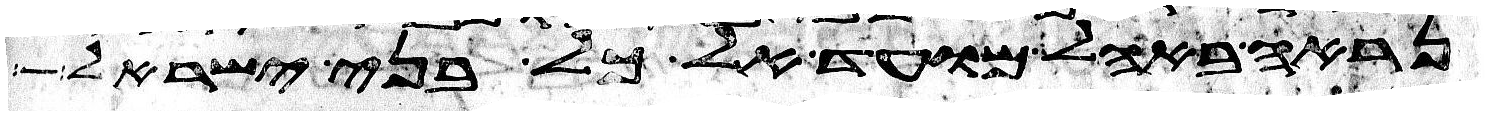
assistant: נראה באהל מועד אל כל בני ישראל